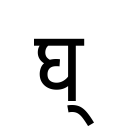
OCR:
घ्